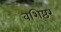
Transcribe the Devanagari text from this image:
वशिष्ठर